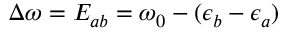
\Delta \omega = E _ { a b } = \omega _ { 0 } - ( \epsilon _ { b } - \epsilon _ { a } )